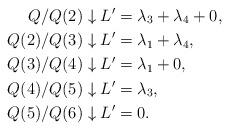
LaTeX: \begin{align*}Q/Q(2) \downarrow L' &= \lambda_3 + \lambda_4 + 0, \\Q(2)/Q(3) \downarrow L' &= \lambda_1 + \lambda_4, \\Q(3)/Q(4) \downarrow L' &= \lambda_1 + 0, \\Q(4)/Q(5) \downarrow L' &= \lambda_3, \\Q(5)/Q(6) \downarrow L' & = 0. \\\end{align*}